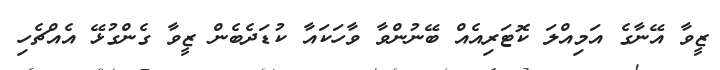
ޒީވާ އޭނާގެ އަމިއްލަ ކޮޓަރިއެއް ބޭނުންވާ ވާހަކައާ ކުޑަދެބެން ޒީވާ ގެންގުޅޭ އެއްޗެހި